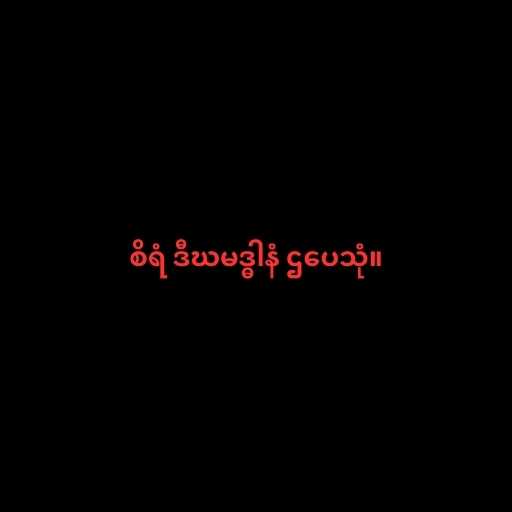
စိရံ ဒီဃမဒ္ဓါနံ ဌပေသုံ။